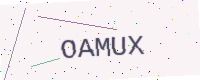
Text: OAMUX